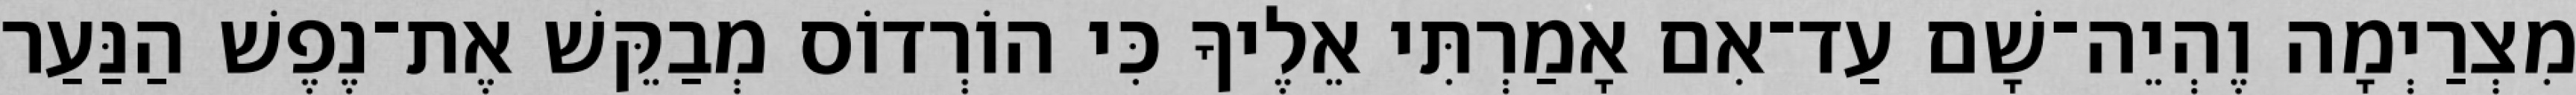
מִצְרַיְמָה וֶהְיֵה־שָׁם עַד־אִם אָמַרְתִּי אֵלֶיךָ כִּי הוֹרְדוֹס מְבַקֵּשׁ אֶת־נֶפֶשׁ הַנַּעַר